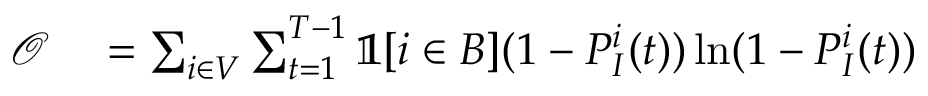
\begin{array} { r l } { \mathcal { O } } & { { } = \sum _ { i \in V } \sum _ { t = 1 } ^ { T - 1 } \mathbb { 1 } [ i \in B ] ( 1 - P _ { I } ^ { i } ( t ) ) \ln ( 1 - P _ { I } ^ { i } ( t ) ) } \end{array}